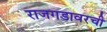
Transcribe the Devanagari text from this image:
राजगडावरची